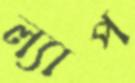
ল্যাপ